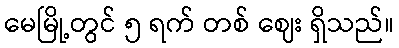
မေမြို့တွင် ၅ ရက် တစ် ဈေး ရှိသည်။